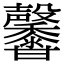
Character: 𪐕